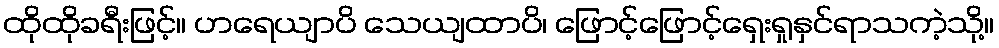
ထိုထိုခရီးဖြင့်။ ဟရေယျာပိ သေယျထာပိ၊ ဖြောင့်ဖြောင့်ရှေးရှုနှင်ရာသကဲ့သို့။